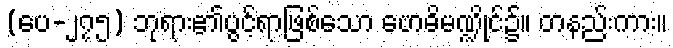
(ပေ-၂၇၅) ဘုရား၏ပွင့်ရာဖြစ်သော ဗောဓိမဏ္ဍိုင်၌။ တနည်းကား။